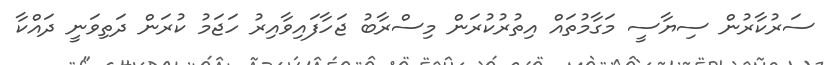
ސަރުކާރުން ސިޔާސީ މަގާމުތައް އިތުރުކުރަން މިސްރާބު ޖަހާފައިވާއިރު ހަޖަމު ކުރަން ދަތިވަނީ ދައްކާ